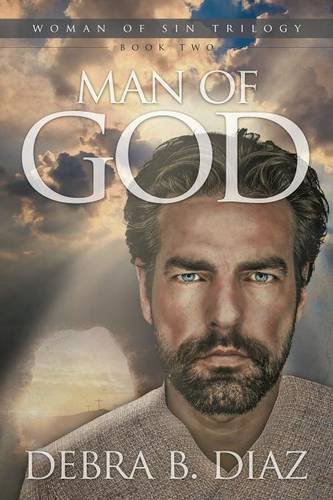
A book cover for Man of God, Book Two in the Woman of Sin Trilogy; Debra B. Diaz; Romance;